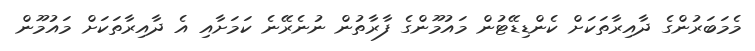
މެމަބަރުންގެ ދާއިރާތަކަށް ކެންޑިޑޭޓުން މައުމޫންގެ ފާރާތުން ނުނެރޭނެ ކަމަށާއި އެ ދާއިރާތަކަށް މައުމޫން